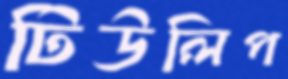
টিউলিপ